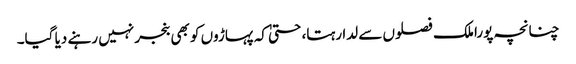
چنانچہ پورا ملک فصلوں سے لدا رہتا، حتیٰ کہ پہاڑوں کو بھی بنجر نہیں رہنے دیا گیا۔